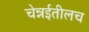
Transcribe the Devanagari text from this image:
चेन्नईतीलच